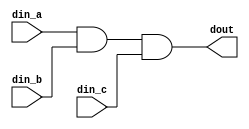
`timescale 1ns/10ps

module and_gate_3_input(
    din_a,
    din_b,
    din_c,
    dout
);

input din_a, din_b, din_c;
output dout;

assign dout = din_a & din_b & din_c;

endmodule